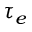
\tau _ { e }